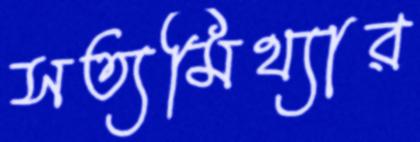
সত্যমিথ্যার